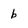
Character: b